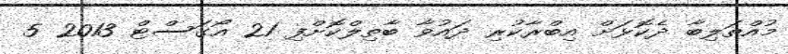
މުއްތަލިބާ ދެކޮޅަށް އިބްރާކުރި ދައުވާ ބާތިލްކޮށްފި 21 އޯގަސްޓް 2013 5